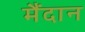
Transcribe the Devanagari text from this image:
मैंदान